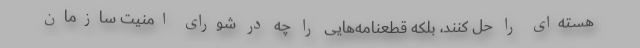
هسته‌ای را حل کنند، بلکه قطعنامه‌هایی را چه در شورای امنیت سازمان